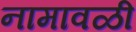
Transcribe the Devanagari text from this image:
नामावळी